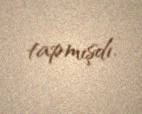
tapmışdı.